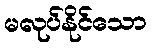
မလုပ်နိုင်သော